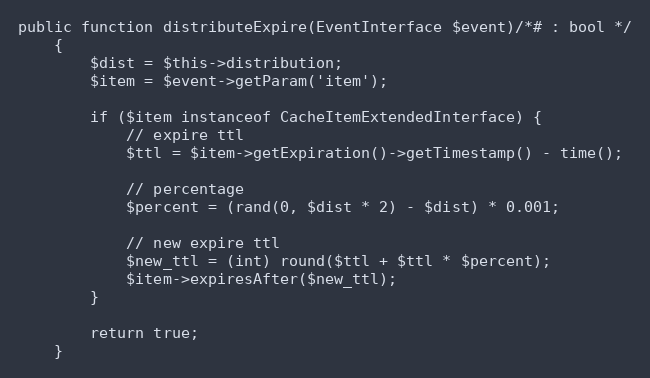
Language: PHP
public function distributeExpire(EventInterface $event)/*# : bool */
    {
        $dist = $this->distribution;
        $item = $event->getParam('item');

        if ($item instanceof CacheItemExtendedInterface) {
            // expire ttl
            $ttl = $item->getExpiration()->getTimestamp() - time();

            // percentage
            $percent = (rand(0, $dist * 2) - $dist) * 0.001;

            // new expire ttl
            $new_ttl = (int) round($ttl + $ttl * $percent);
            $item->expiresAfter($new_ttl);
        }

        return true;
    }